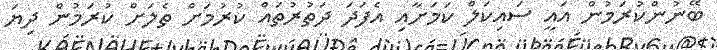
ބޭނުންކުރަމުން އައީ ސައިކަލް ކަމަށާއި އެފަދަ ދަތުރުތައް ކުރުމަށް ތެލަށް ކުރަމުން ދިޔަ